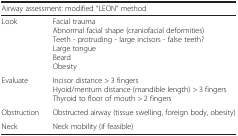
| <COLSPAN=2> Airway assessment: modified “LEON” method |
 | --- | --- |
 | Look | Facial traumaAbnormal facial shape (craniofacial deformities)Teeth - protruding - large incisors - false teeth?Large tongueBeardObesity |
 | Evaluate | Incisor distance > 3 fingersHyoid/mentum distance (mandible length) > 3 fingersThyroid to floor of mouth > 2 fingers |
 | Obstruction | Obstructed airway (tissue swelling, foreign body, obesity) |
 | Neck | Neck mobility (if feasible) |